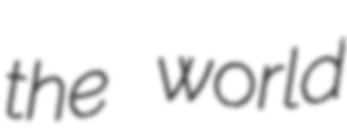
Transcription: the world